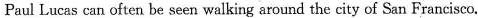
Paul Lucas can often be seen walking around the city of San Francisco.